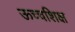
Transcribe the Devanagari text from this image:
ऊच्चशिक्ष